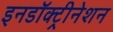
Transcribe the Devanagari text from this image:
इनडॉक्ट्रीनेशन